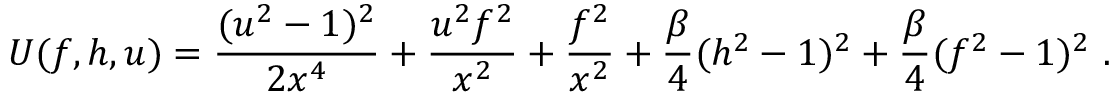
U ( f , h , u ) = \frac { ( u ^ { 2 } - 1 ) ^ { 2 } } { 2 x ^ { 4 } } + \frac { u ^ { 2 } f ^ { 2 } } { x ^ { 2 } } + \frac { f ^ { 2 } } { x ^ { 2 } } + \frac \beta 4 ( h ^ { 2 } - 1 ) ^ { 2 } + \frac \beta 4 ( f ^ { 2 } - 1 ) ^ { 2 } \ .